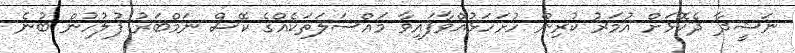
ނަޝީދާ ދެކޮޅަށް އުމަރު ކުރިން ހުށަހަޅުއްވާފައިވާ މައްސަލަތަކެއްގެ ކޭސް ނަމްބަރު ފުލުހުން ބުނެ